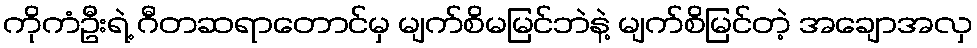
ကိုကံဦးရဲ့ ဂီတဆရာတောင်မှ မျက်စိမမြင်ဘဲနဲ့ မျက်စိမြင်တဲ့ အချောအလှ